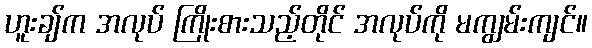
ဟူးချ်က အလုပ် ကြိုးစားသည့်တိုင် အလုပ်ကို မကျွမ်းကျင်။